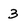
Character: 3